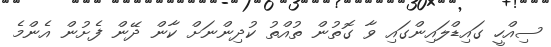
ސިއްހީ ގައިޑްލައިންގައި ވާ ގޮތުން ތުއްތު ކުދިންނަށް ކާން ދޭން ފެށުން އެންމެ